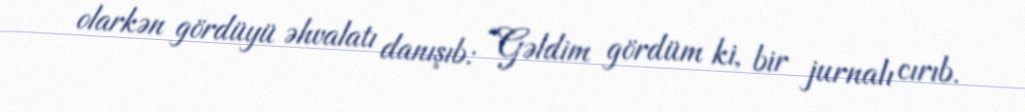
olarkən gördüyü əhvalatı danışıb: “Gəldim gördüm ki, bir jurnalı cırıb.